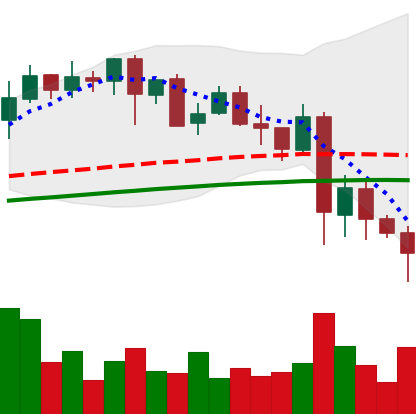
Ticker: LINK-USD
Chart end date: 2021-05-23
Forward return: 39.7%
Label: up_7plus